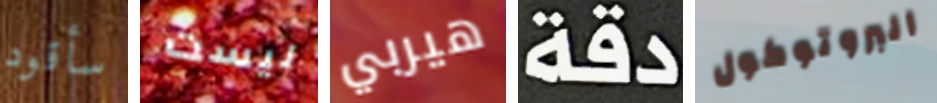
سأقود ليست هيربي دقة البروتوكول